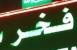
فخر